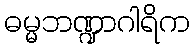
ဓမ္မဘဏ္ဍာဂါရိက